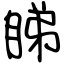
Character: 睇